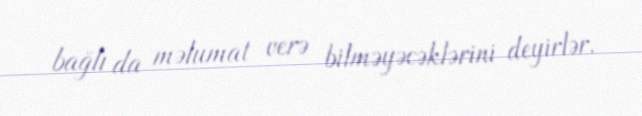
bağlı da məlumat verə bilməyəcəklərini deyirlər.